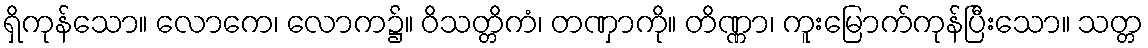
ရှိကုန်သော။ လောကေ၊ လောက၌။ ဝိသတ္တိကံ၊ တဏှာကို။ တိဏ္ဏာ၊ ကူးမြောက်ကုန်ပြီးသော။ သတ္တ